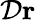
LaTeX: \mathcal{D}\mathbf{r}